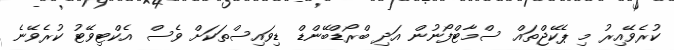
ކުރެވޭއިރު މި ޕެކޭޖްތައް ސްމާޓްފޯނުން އަދި ބްރޯޑްބޭންޑް ޑިވައިސްތަކަށް ވެސް އެކްޓިވޭޓު ކުރެވޭނެ